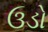
ઉડો